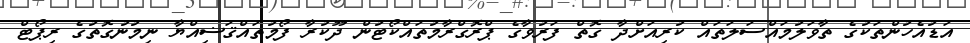
އަޑުއެހުންތަކުގެ ތާވަލުމައްސަލަތައް ކުރިއަށްދާ ގޮތް ފަރުވާގެ ޕްރޮގްރާމުތައްކޯޓުން ދޫކުރާ ފޯމުތައްޤަޟިއްޔާ ނިމުނުގޮތުގެ ރިޕޯޓް